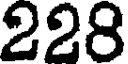
228